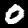
Digit: 0